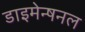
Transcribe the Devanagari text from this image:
डाइमेन्षनल